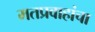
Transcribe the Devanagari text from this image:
मतप्रवाहांचा